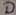
Text: D